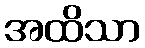
အထိသာ